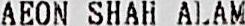
AEON SHAH ALAM